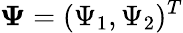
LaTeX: {\mathbf{\Psi}}=(\Psi_{1},\Psi_{2})^{T}